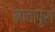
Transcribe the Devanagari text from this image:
मावापुरा